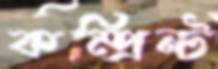
কম্প্রিন্ট